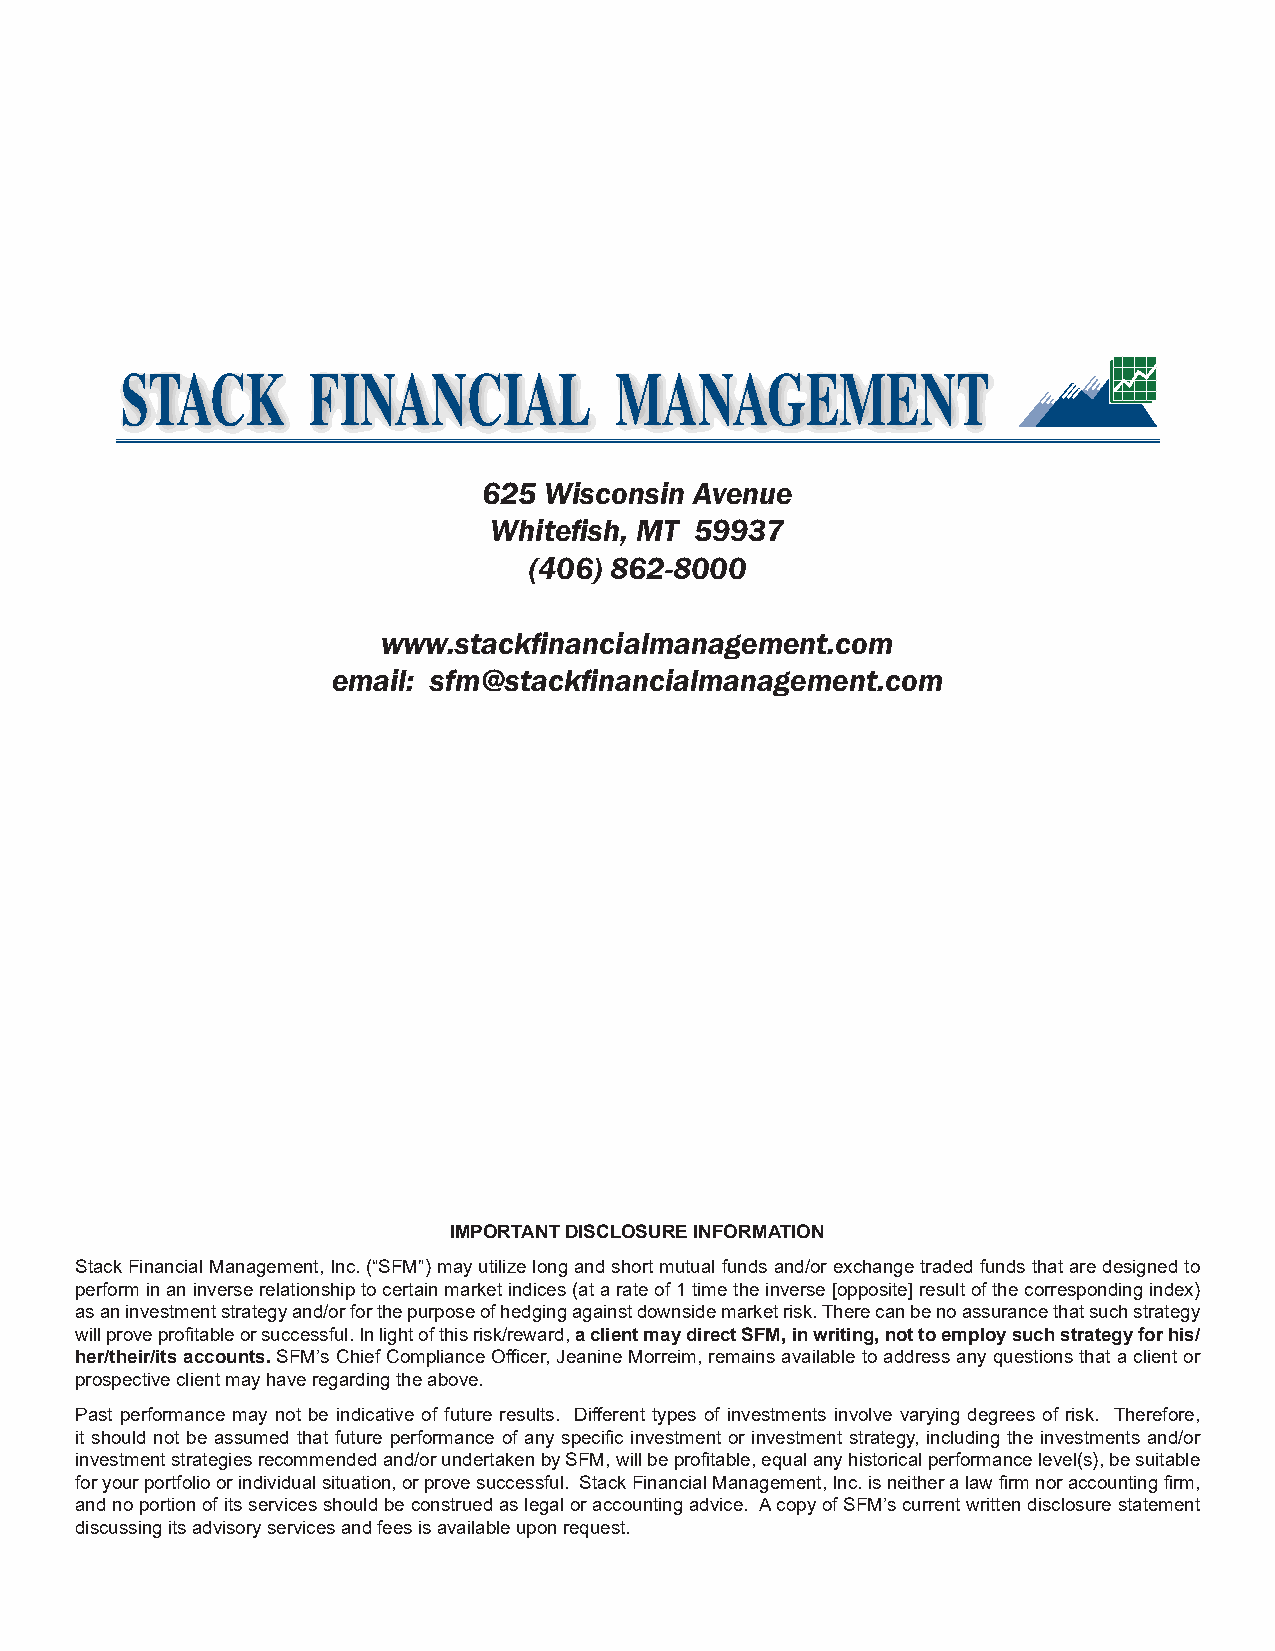
STACK        FINANCIAL           MANAGEMENT
 625 Wisconsin Avenue
 Whitefish, MT 59937
 (406) 862-8000
 www.stackfinancialmanagement.com
 email: sfm@stackfinancialmanagement.com
 IMPORTANT DISCLOSURE INFORMATION
 Stack Financial Management, Inc. (“SFM”) may utilize long and short mutual funds and/or exchange traded funds that are designed to
 perform in an inverse relationship to certain market indices (at a rate of 1 time the inverse [opposite] result of the corresponding index)
 as an investment strategy and/or for the purpose of hedging against downside market risk. There can be no assurance that such strategy
 will prove profitable or successful. In light of this risk/reward, a client may direct SFM, in writing, not to employ such strategy for his/
 her/their/its accounts. SFM’s Chief Compliance Officer, Jeanine Morreim, remains available to address any questions that a client or
 prospective client may have regarding the above.
 Past performance may not be indicative of future results. Different types of investments involve varying degrees of risk. Therefore,
 it should not be assumed that future performance of any specific investment or investment strategy, including the investments and/or
 investment strategies recommended and/or undertaken by SFM, will be profitable, equal any historical performance level(s), be suitable
 for your portfolio or individual situation, or prove successful. Stack Financial Management, Inc. is neither a law firm nor accounting firm,
 and no portion of its services should be construed as legal or accounting advice. A copy of SFM’s current written disclosure statement
 discussing its advisory services and fees is available upon request.